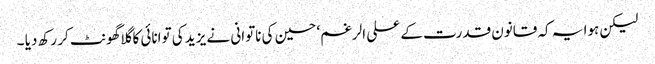
لیکن ہوا یہ کہ قانون قدرت کے علی الرغم‘ حسین کی ناتوانی نے یزید کی توانائی کا گلاگھونٹ کر رکھ دیا ۔